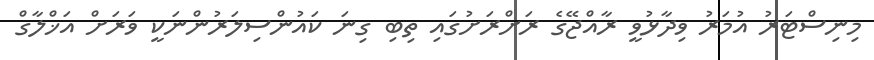
މިނިސްޓަރު އުމަރު ވިދާޅުވީ ރާއްޖޭގެ ރަށްރަށުގައި ތިބި ގިނަ ކައުންސިލަރުންނަކީ ވަރަށް އަޚްލާގް